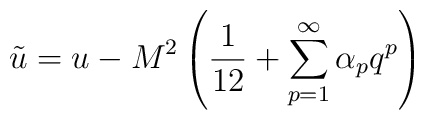
\tilde{u}=u-M^{2}\left   (\frac{1}{12}+\sum_{p=1}^{\infty}\alpha_{p}q^{p}\right)